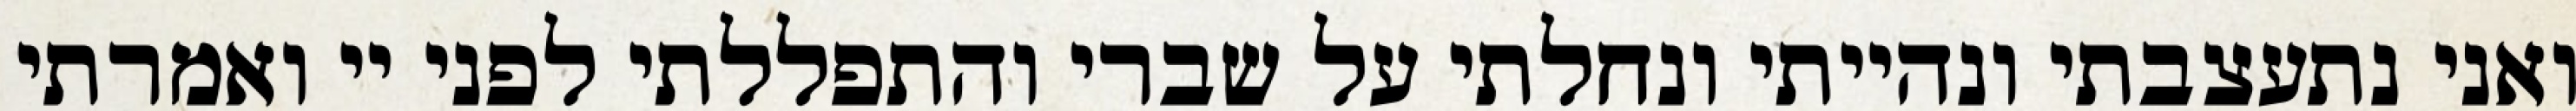
ואני נתעצבתי ונהייתי ונחלתי על שברי והתפללתי לפני יי ואמרתי